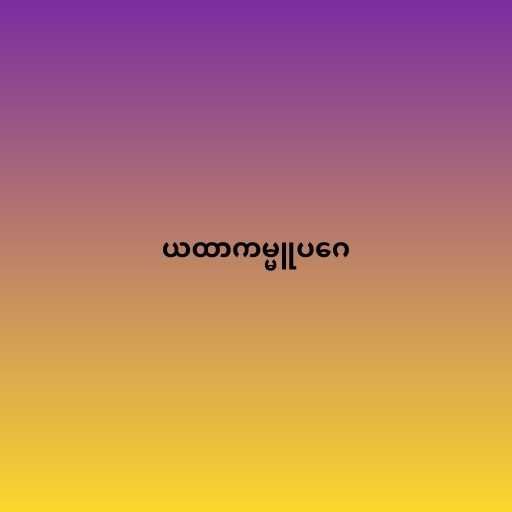
ယထာကမ္မူပဂေ